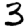
Digit: 3